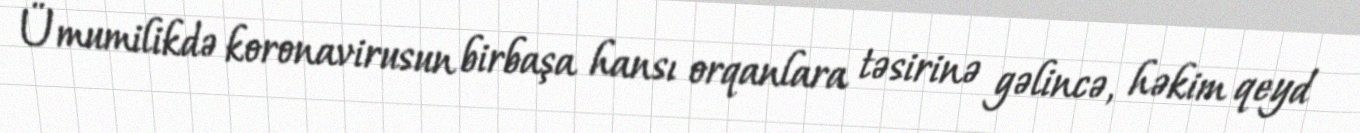
Ümumilikdə koronavirusun birbaşa hansı orqanlara təsirinə gəlincə, həkim qeyd